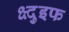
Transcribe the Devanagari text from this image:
क्ष्दुइफ